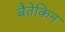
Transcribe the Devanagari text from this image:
बैतेकिन